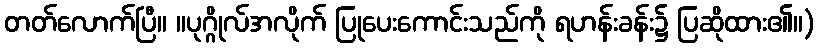
တတ်လောက်ပြီ။ ။ပုဂ္ဂိုလ်အလိုက် ပြုပေးကောင်းသည်ကို ရဟန်းခန်း၌ ပြဆိုထား၏။)